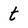
Character: t